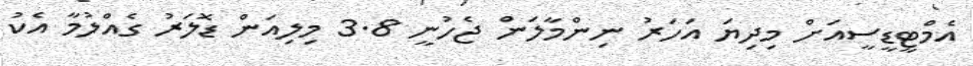
އެމްޓީޑީސީއަށް މިދިޔަ އަހަރު ނިންމާލަން ޖެހުނީ 3.8 މިލިއަން ޑޮލަރު ގެއްލުމާ އެކު